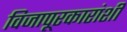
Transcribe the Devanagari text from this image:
विजापूरकारांशी